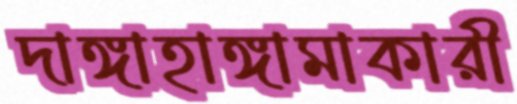
দাঙ্গাহাঙ্গামাকারী